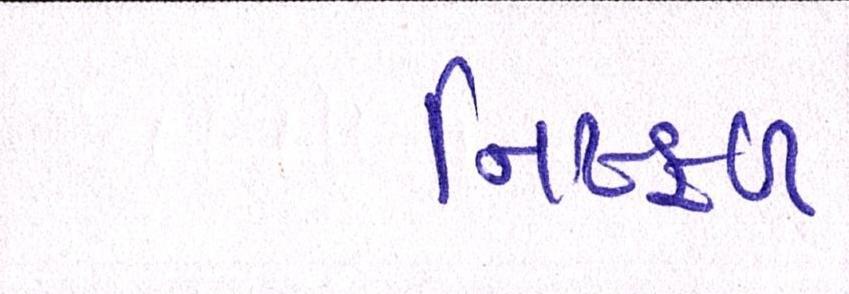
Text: નિષ્ફળ